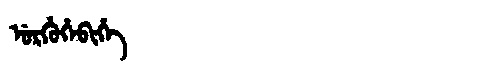
Manchu: ᡠᡵᡥᡠᡥᡝᠪᡳᡥᡝ
Romanization: URHUHEBIHE